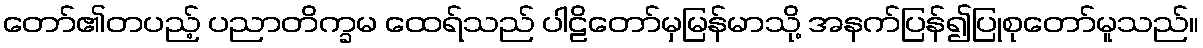
တော်၏တပည့် ပညာတိက္ခမ ထေရ်သည် ပါဠိတော်မှမြန်မာသို့ အနက်ပြန်၍ပြုစုတော်မူသည်။